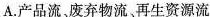
A.产品流、废弃物流、再生资源流